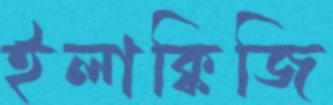
ইলাক্কিজি